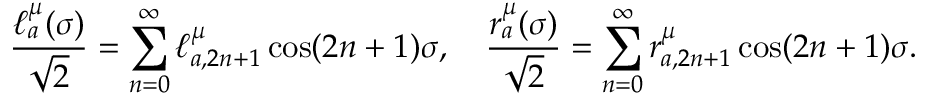
\frac { \ell _ { a } ^ { \mu } ( \sigma ) } { \sqrt { 2 } } = \sum _ { n = 0 } ^ { \infty } \ell _ { a , 2 n + 1 } ^ { \mu } \cos ( 2 n + 1 ) \sigma , \quad \frac { r _ { a } ^ { \mu } ( \sigma ) } { \sqrt { 2 } } = \sum _ { n = 0 } ^ { \infty } r _ { a , 2 n + 1 } ^ { \mu } \cos ( 2 n + 1 ) \sigma .